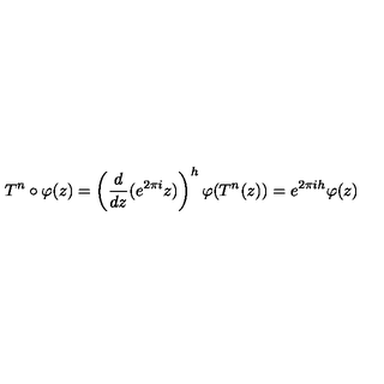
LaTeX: T ^ { n } \circ \varphi ( z ) = \left( \frac { d } { d z } ( e ^ { 2 \pi i } z ) \right) ^ { h } \varphi ( T ^ { n } ( z ) ) = e ^ { 2 \pi i h } \varphi ( z )